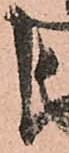
よ